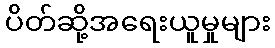
ပိတ်ဆို့အရေးယူမှုများ